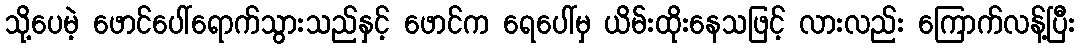
သို့ပေမဲ့ ဖောင်ပေါ်ရောက်သွားသည်နှင့် ဖောင်က ရေပေါ်မှ ယိမ်းထိုးနေသဖြင့် လားလည်း ကြောက်လန့်ပြီး